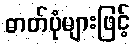
ဓာတ်ပုံများဖြင့်